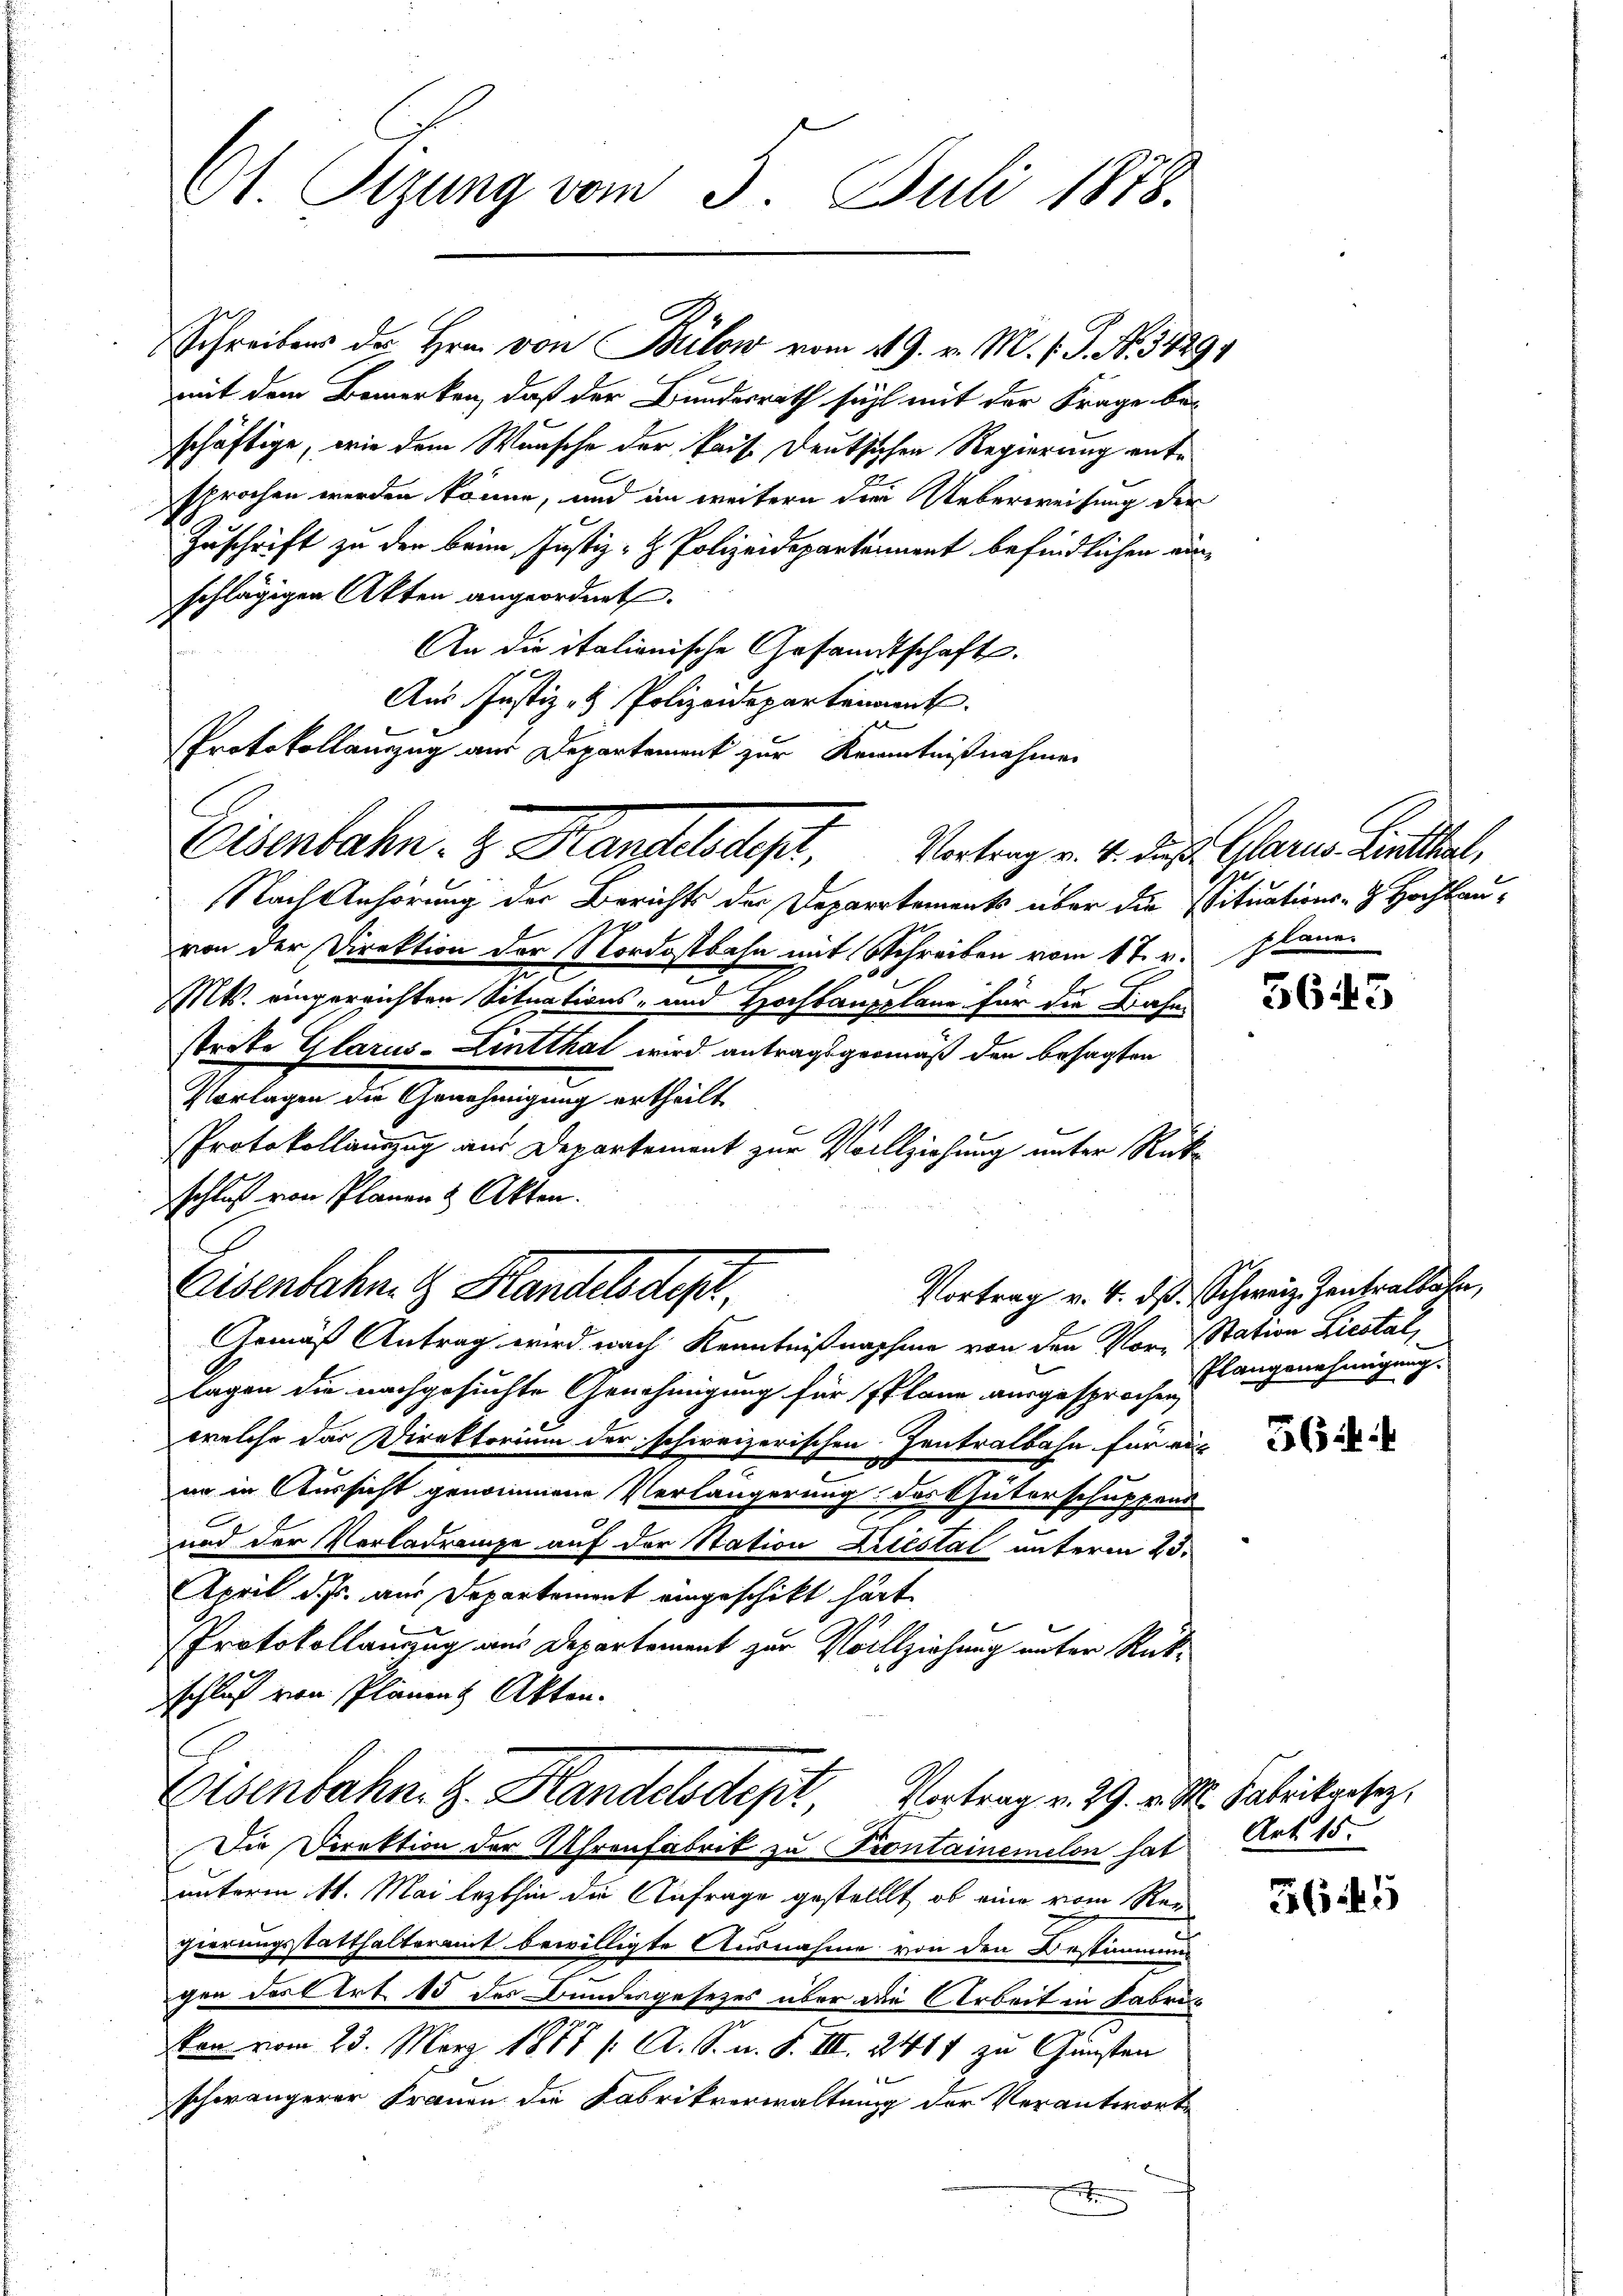
St. Sizung vom 3. Juli 1878.

mit dem Bemerken, daß der Bundesrath sicht mit der Frage be-
schäftige, wie dem Wunsche der Pais. Deutschen Regierung entsprochen werden könne, und im weitern die Ueberweisung der
Zuschrift zu der beim Justiz- & Polizeidepartement befindlichen einschlägigen Akten angeordnet.
An die italionische Gesandtschaft.
Aus Justiz- & Polizeidepartenamt.
Nach Anhörung der Berichts der Departements über die Situations- Hochbau-
von der Direktion der Nordostbahn mit Schreiben vom 17. v.
.
Mts. eingereichten Situations- und Hochbaugelane für die Bahn
strate Glarus-Lintthal wird antragsgemäß der besagten
Vorlagen die Genehmigung ertheilt
Protokollauszug aus Departement zur Vollziehung unter Rückschluß von Planen & Akten.
Eisenbahn. G. Handels des
Vortrag v. 4. ds. Schweiz. Zentralbahn,
Gemäß Antrag wird nach Kenntnißnahme von den Vor-Station Liestal,
lagen die nachgesuchte Genehmigung für Plane ausgesprochen langenehmigung
welche das Direktorium der schweizerischen Zentralbahn für ein
e
en in Aussicht genommene Verlängerung des Güterschuppend
und der Vorladrange auf der Station Liestal unterm 23.
April d. Js. aus Departement eingeschickt hatt
Protokollanzug aus Departement zur Vollziehung unter Rückschluß von Plänen Akten.
Eisenbahn. G. Handelsdept Vortrag v. 29. v. M. Patrickars,
Die Direktion der Uhrenfabrik zu Pontainemelon hat
unterm 11. Mai lezthin die Anfrage gestellt, ob eine vom Ran
gierungsstatthalteramt bewilligte Ausnahme von den Bestimmung
gen des Art. 15 des Bundesgesetzes über die Arbeit in Fabriken vom 23. März 1877 /: A. S. n. F. III. 2487 zu Gunsten
schwängerer Frauen die Fabrikverwaltung der Verantworte

E

Schreibens des Hrn. von Bülow vom 4. 9. v. M. v. J. No. 1829

Protokollauszug aus Departement zur Kenntnißnahme
Eisenbahn. 3. Handelt,

Vortrag v. 4. dieß Glarus Linthal,
Ge
plane.

5645

564.

Art. 15.

521